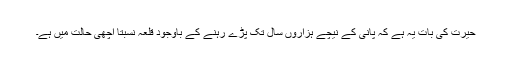
حیرت کی بات یہ ہے کہ پانی کے نیچے ہزاروں سال تک پڑے رہنے کے باوجود قلعہ نسبتاً اچھی حالت میں ہے۔